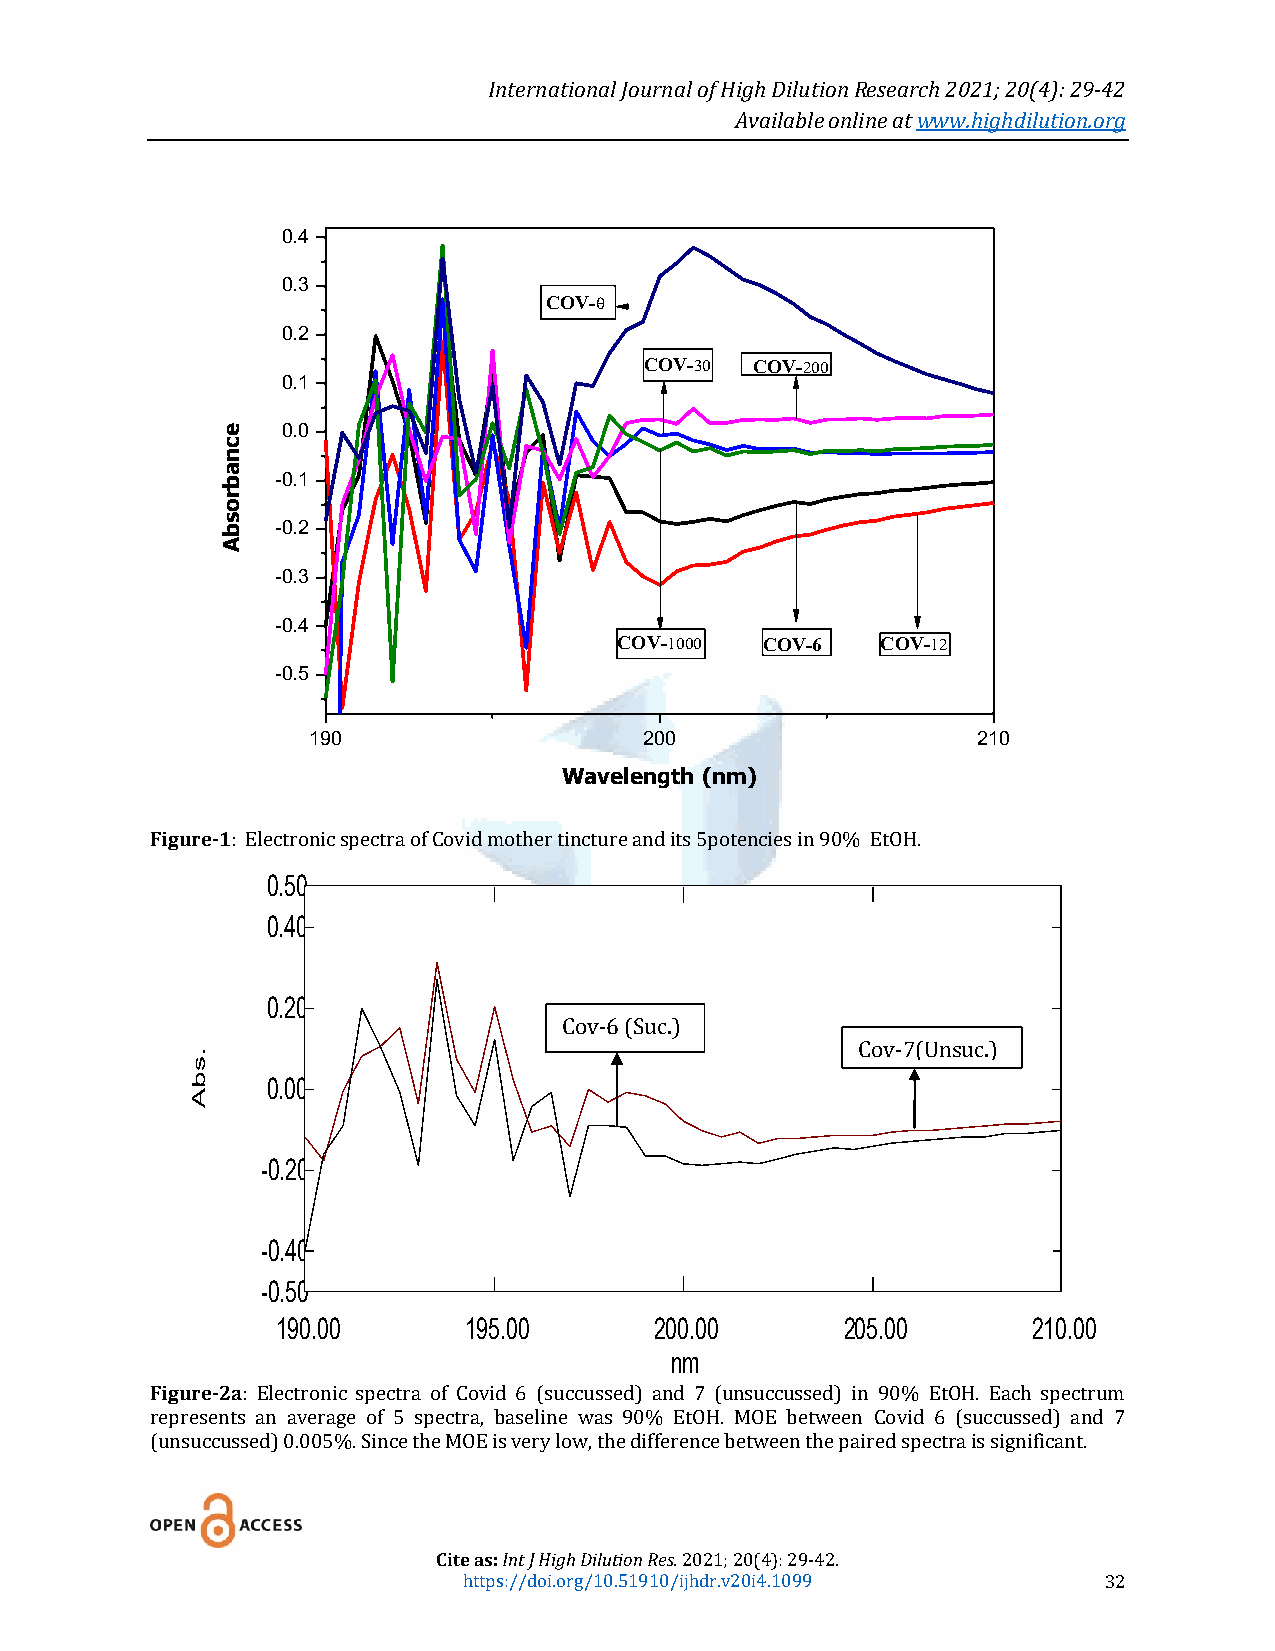
International Journal of High Dilution Research 2021; 20(4): 29-42
 Available online at www.highdilution.org
 0.4
 0.3
 COV-
 0.2
 COV- COV-
 0.1
 e   0.0
 c
 n
 a
 b  -0.1
 or
 s
 b  -0.2
 A
 -0.3
 -0.4
 COV- COV-6  COV-
 -0.5
 190                    200                   210
 Wavelength (nm)
 Figure-1: Electronic spectra of Covid mother tincture and its 5potencies in 90% EtOH.
 0.50
 0.40
 0.20
 Cov-6 (Suc.)
 .
 Cov-7(Unsuc.)
 s
 b    0.00
 A
 -0.20
 -0.40
 -0.50
 190.00       195.00      200.00       205.00      210.00
 nm
 Figure-2a: Electronic spectra of Covid 6 (succussed) and 7 (unsuccussed) in 90% EtOH. Each spectrum
 represents an average of 5 spectra, baseline was 90% EtOH. MOE between Covid 6 (succussed) and 7
 (unsuccussed) 0.005%. Since the MOE is very low, the difference between the paired spectra is significant.
 Cite as: Int J High Dilution Res. 2021; 20(4): 29-42.
 https://doi.org/10.51910/ijhdr.v20i4.1099 32